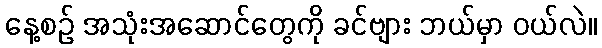
နေ့စဉ် အသုံးအဆောင်တွေကို ခင်ဗျား ဘယ်မှာ ဝယ်လဲ။